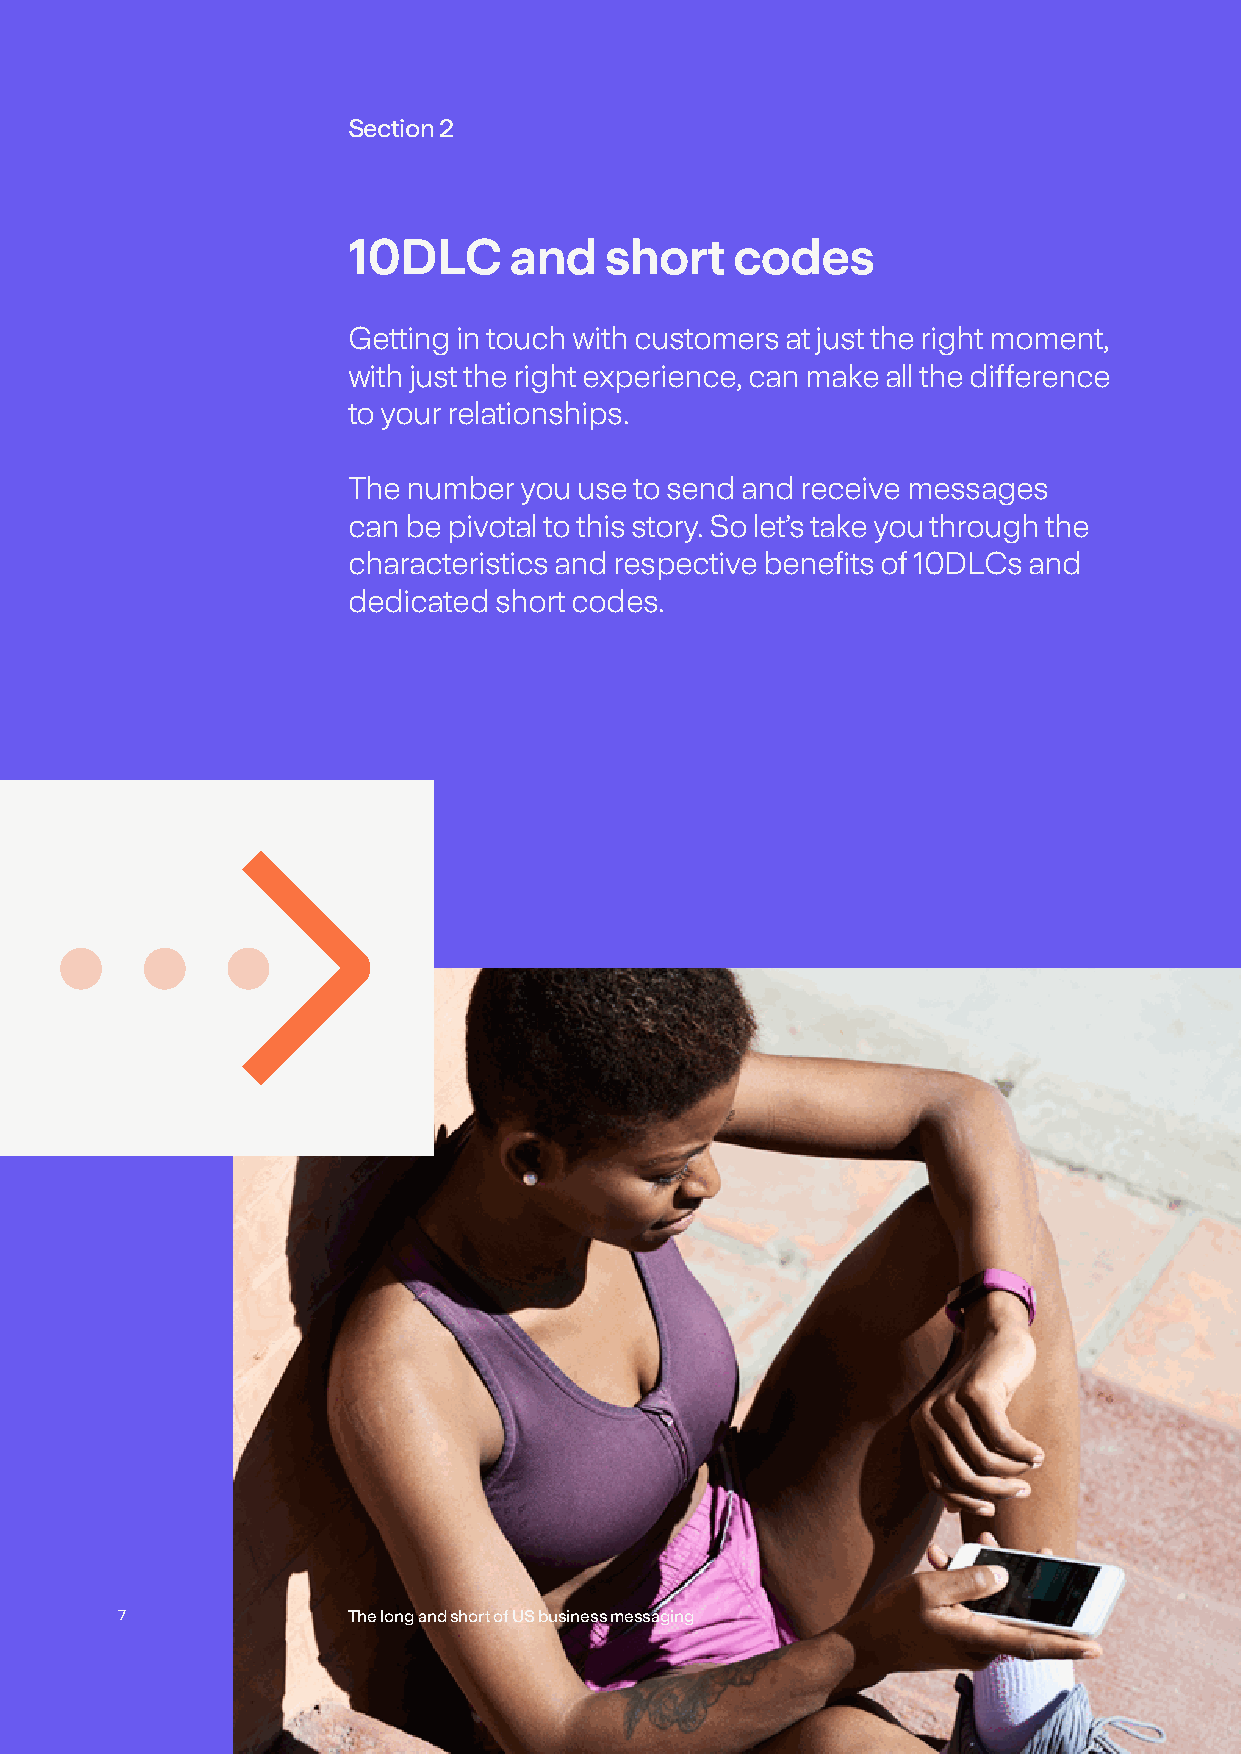
Section 2
 10DLC      and   short   codes
 Getting in touch with customers at just the right moment,
 with just the right experience, can make all the difference
 to your relationships.
 The number you use to send and receive messages
 can be pivotal to this story. So let’s take you through the
 characteristics and respective benefits of 10DLCs and
 dedicated short codes.
 7              The long and short of US business messaging